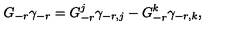
G _ { - r } \gamma _ { - r } = G _ { - r } ^ { j } \gamma _ { - r , j } - G _ { - r } ^ { k } \gamma _ { - r , k } ,